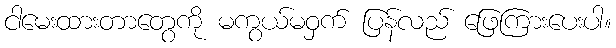
ငါမေးထားတာတွေကို မကွယ်မဝှက် ပြန်လည် ဖြေကြားပေးပါ။